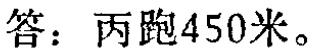
答：丙跑450米。